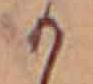
か